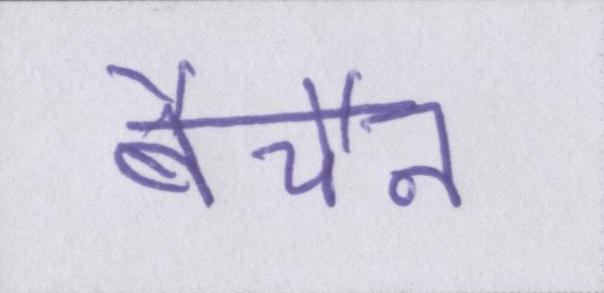
बेचैन